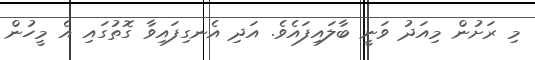
މި ރަށުން މިއަދު ވަނީ ބާލައިފައެވެ. އަދި އެނގިފައިވާ ގޮތުގައި އެ މީހުން